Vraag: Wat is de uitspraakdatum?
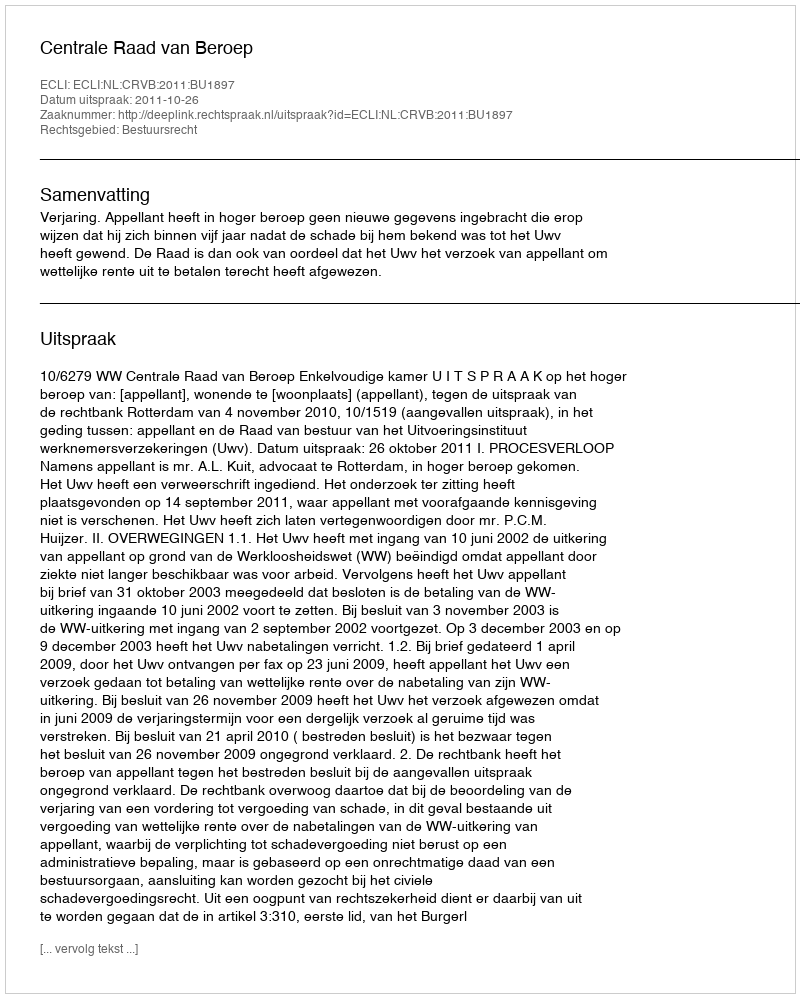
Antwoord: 2011-10-26